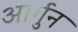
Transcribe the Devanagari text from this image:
आर्गुन